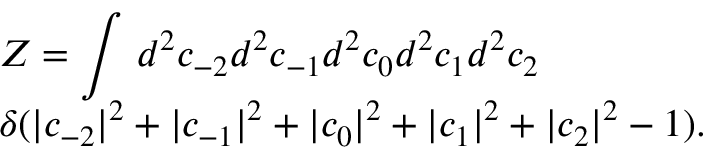
\begin{array} { l } { \displaystyle { \cal Z } = \int \, d ^ { 2 } c _ { - 2 } d ^ { 2 } c _ { - 1 } d ^ { 2 } c _ { 0 } d ^ { 2 } c _ { 1 } d ^ { 2 } c _ { 2 } \, } \\ { \displaystyle \delta ( | c _ { - 2 } | ^ { 2 } + | c _ { - 1 } | ^ { 2 } + | c _ { 0 } | ^ { 2 } + | c _ { 1 } | ^ { 2 } + | c _ { 2 } | ^ { 2 } - 1 ) . } \end{array}